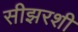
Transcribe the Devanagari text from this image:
सीझरशी